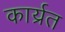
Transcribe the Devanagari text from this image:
कार्य्रत